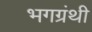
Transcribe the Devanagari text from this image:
भगग्रंथी